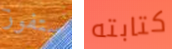
ستفوز كتابته